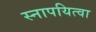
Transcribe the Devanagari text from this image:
स्नापयित्वा